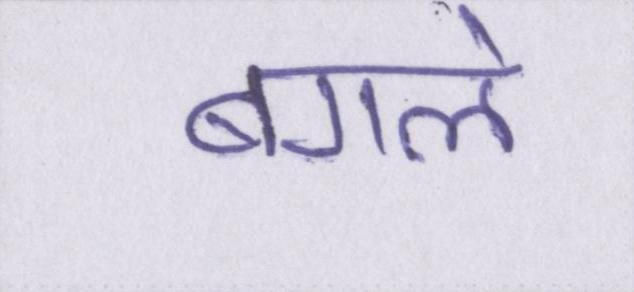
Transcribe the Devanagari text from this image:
बगले